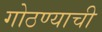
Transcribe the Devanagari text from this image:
गोठण्याची